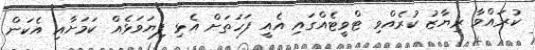
ކުރައްވާ ރިޔާޒު ކުރެއްވި ޓްވީޓެއްގައި އެއީ ފަހަތަށް އެޅި ފިޔަވަޅެއް ކަމަށާއި އެކަން